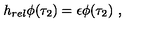
h _ { r e l } \phi ( \tau _ { 2 } ) = \epsilon \phi ( \tau _ { 2 } ) \ ,